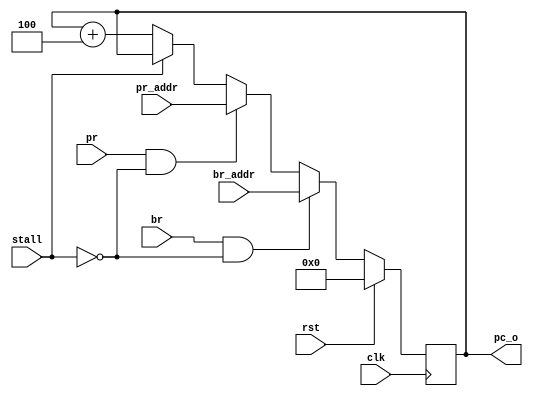
module pc_reg(
    input wire clk,
    input wire rst,
    input wire stall,
    
    input wire br,
    input wire[31:0] br_addr,
    //BPU
    input wire pr,
    input wire[31:0] pr_addr,
    //if_stage && BPU
    output reg[31:0] pc_o
    
);
    initial begin
        pc_o = 256;
    end
    always @(posedge clk)begin
        if(rst)begin
            pc_o <= 0;
        end else if(br && !stall)begin
            pc_o <= br_addr;
           
        end else if(pr && !stall)begin
            pc_o <= pr_addr;
        end else if(!stall)begin
            pc_o <= pc_o + 4'h4;
    
        end
    end
    
endmodule